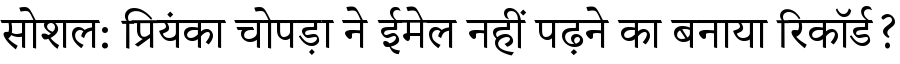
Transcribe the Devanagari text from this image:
सोशल: प्रियंका चोपड़ा ने ईमेल नहीं पढ़ने का बनाया रिकॉर्ड?